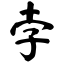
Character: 孛